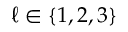
\ell \in \{ 1 , 2 , 3 \}